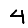
Digit: 4